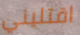
اقتليني